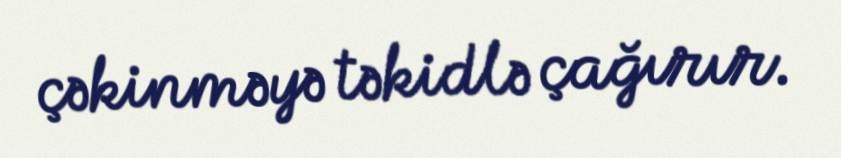
çəkinməyə təkidlə çağırır.